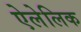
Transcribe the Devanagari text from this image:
ऐलेलिक